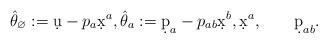
LaTeX: \begin{align*} \hat\theta_\varnothing := \d u - p_a\d x^a, \hat\theta_a := \d p_a - p_{ab}\d x^b, \d x^a, \qquad\d p_{ab} . \end{align*}